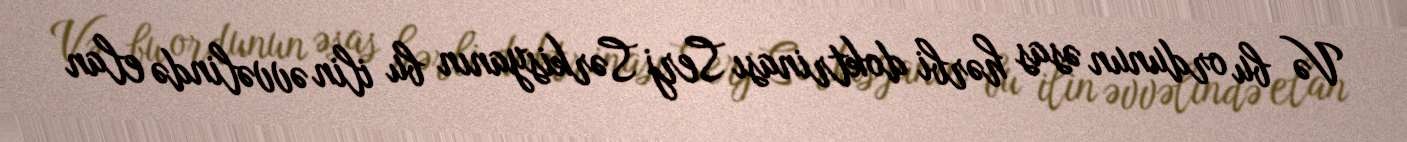
Və bu ordunun əsas hərbi doktrinası Serj Sərkisyanın bu ilin əvvəlində elan